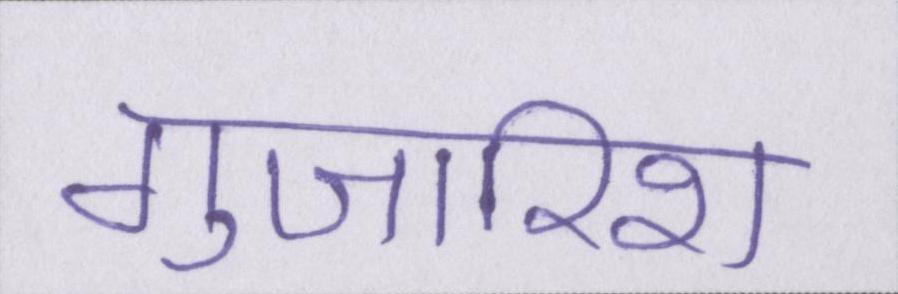
गुजारिश